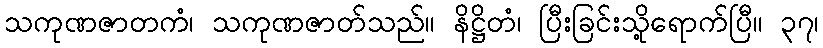
သကုဏဇာတကံ၊ သကုဏဇာတ်သည်။ နိဋ္ဌိတံ၊ ပြီးခြင်းသို့ရောက်ပြီ။ ၃၇၊